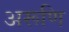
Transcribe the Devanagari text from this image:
अरूणि